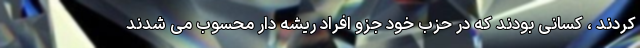
کردند ، کسانی بودند که در حزب خود جزو افراد ریشه دار محسوب می شدند